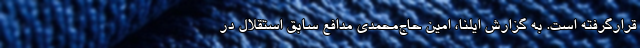
قرارگرفته است. به گزارش ایلنا، امین حاج‌محمدی مدافع سابق استقلال در